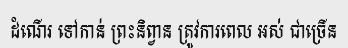
ដំណើរ ទៅកាន់ ព្រះនិព្វាន ត្រូវការពេល អស់ ជាច្រើន